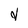
Character: d